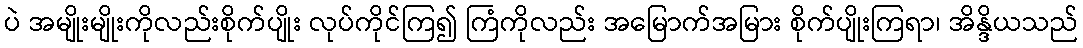
ပဲ အမျိုးမျိုးကိုလည်းစိုက်ပျိုး လုပ်ကိုင်ကြ၍ ကြံကိုလည်း အမြောက်အမြား စိုက်ပျိုးကြရာ၊ အိန္ဒိယသည်